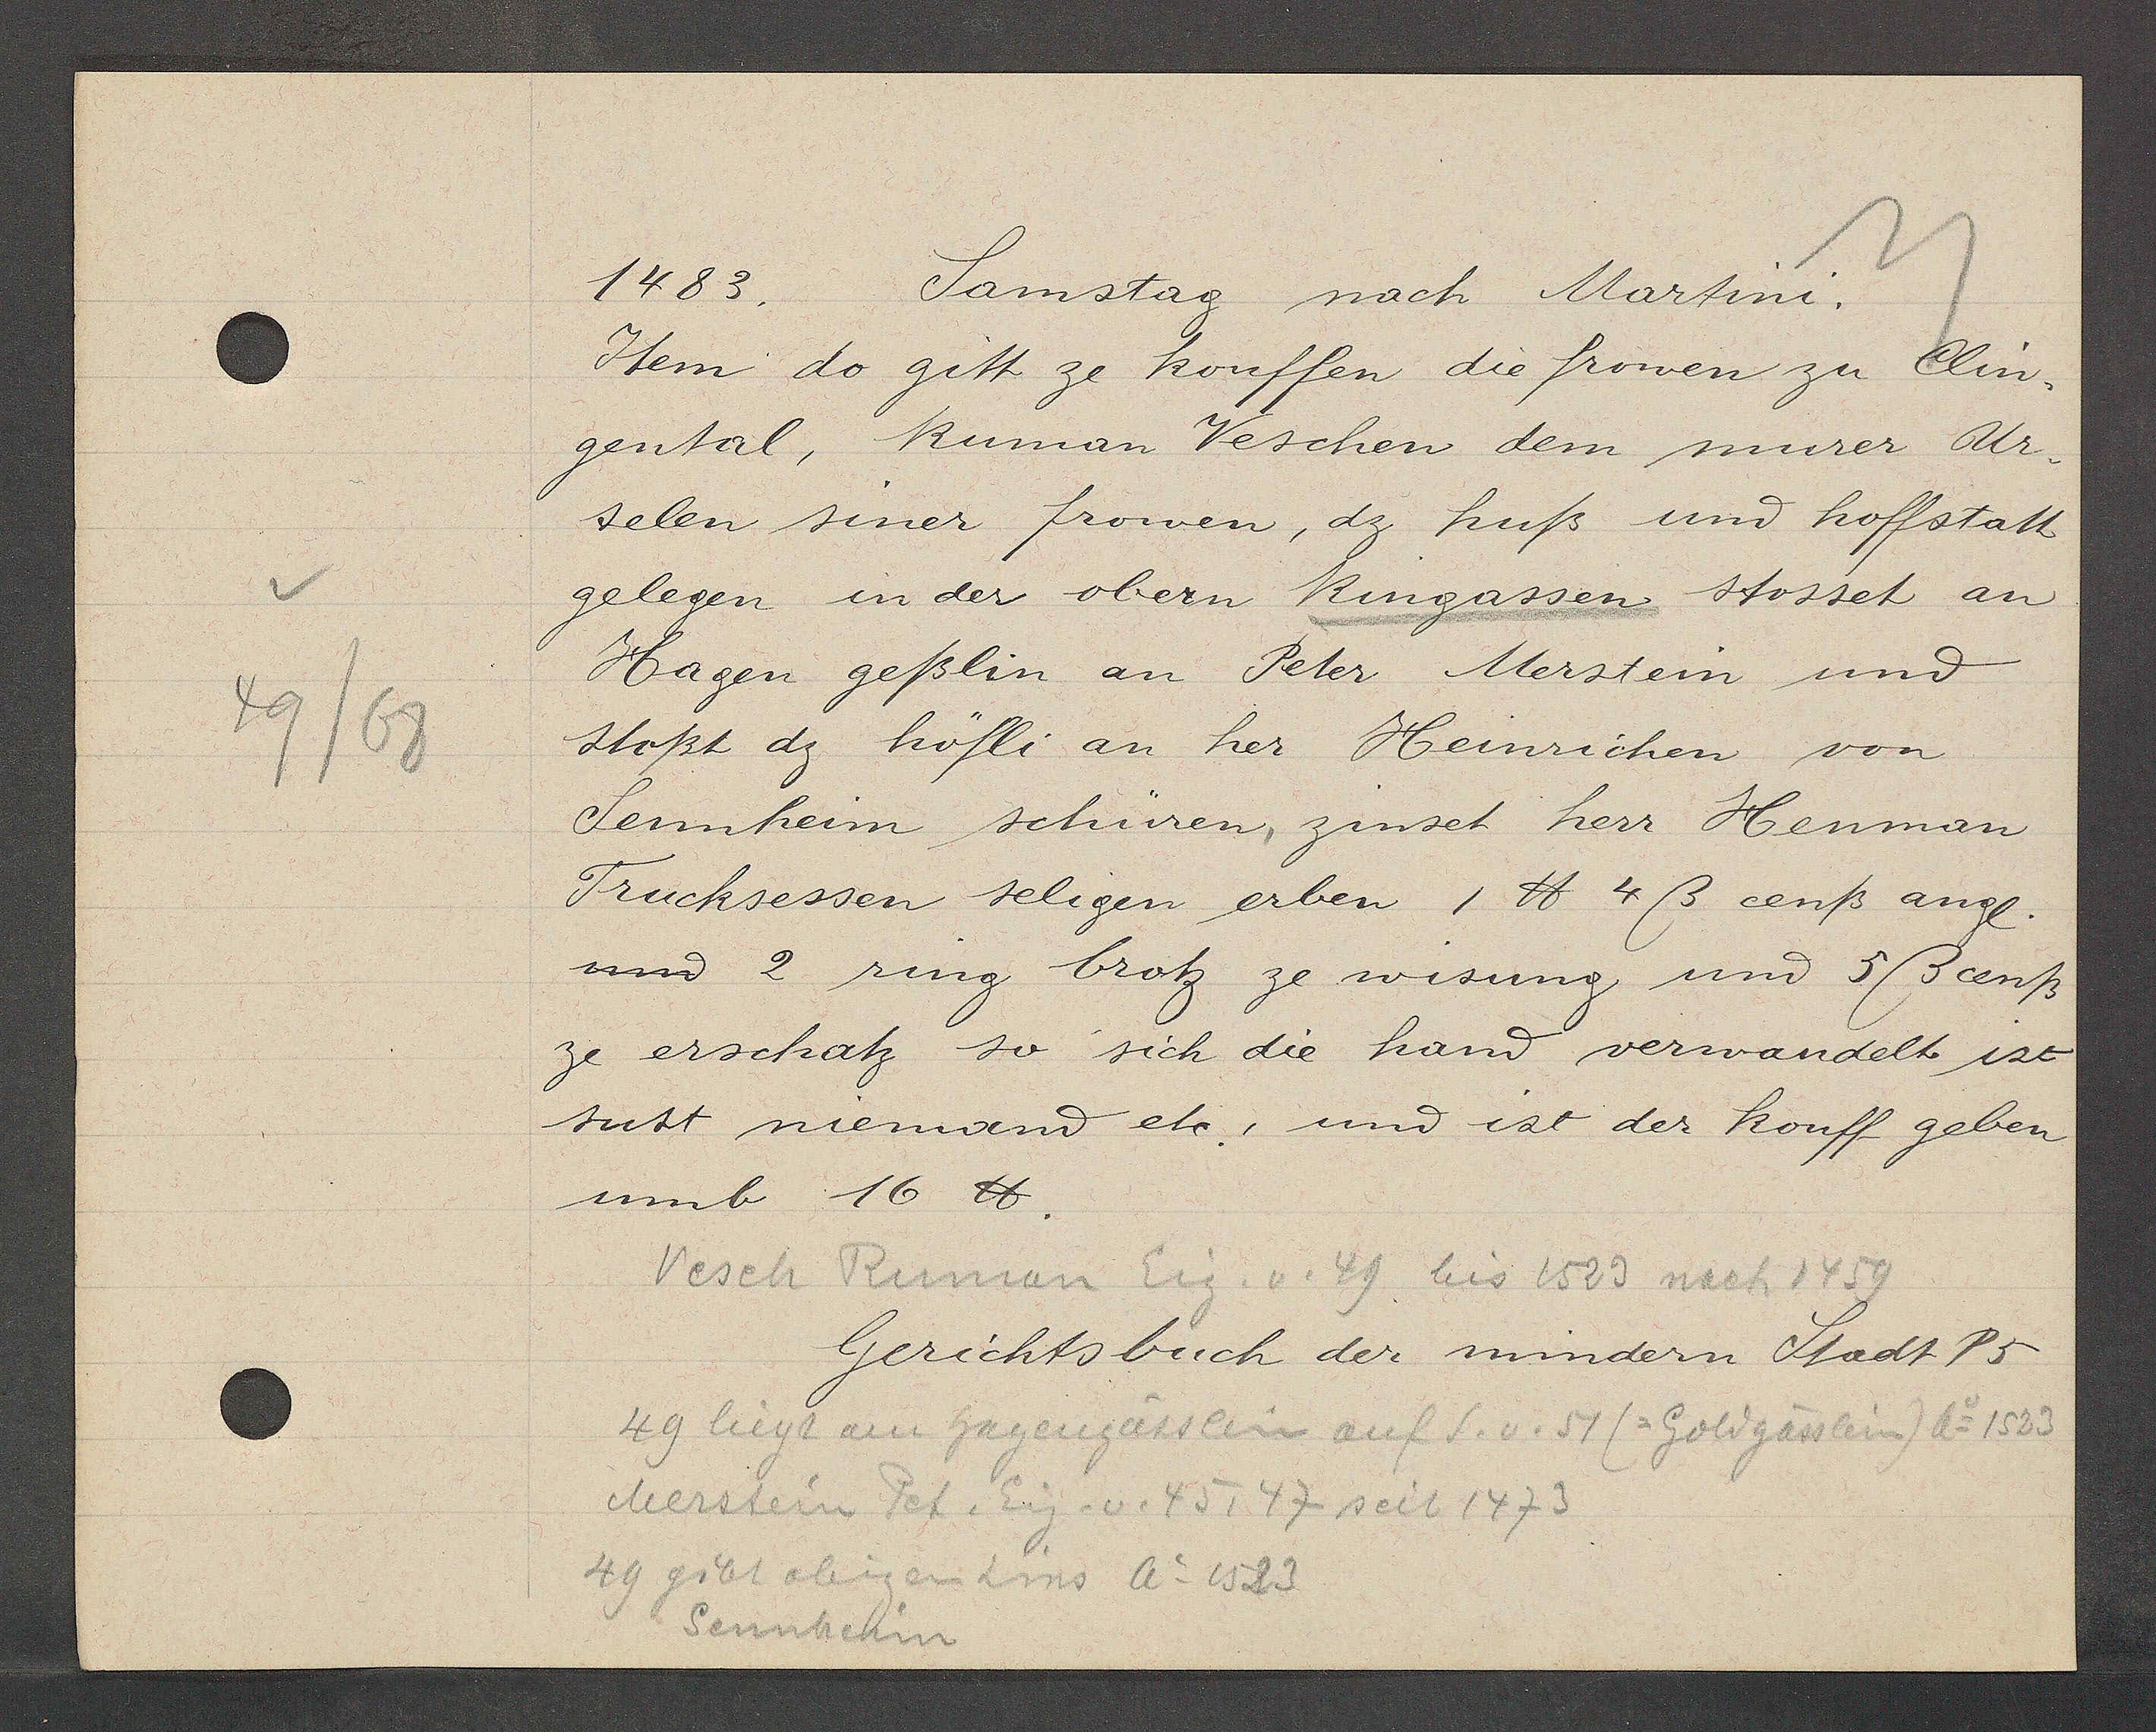
Transcript:
49/68

1483.
Samstag nach Martini.

Item do gitt ze kouffen die frowen zu Clin-
gental, Ruman Veschen dem murer Ur-
selen siner fromen, dz huß und hoffstatt
gelegen in der obern Ringassen stosset an
Hagen geßlin an Peter Merstein und
stoßt dz höfli an her Ħeinrichen von
Sennheim schüren, zinset herr Henman
Trucksessen seligen erben, 1 ℔ 4ß cenß angl.
und 2 ring brotz ze wisung und 5ß cenß
ze erschatz so sich die hand verwandelt ist
sust niemend etc, und ist der kouff geben
umb- 16 ℔.

Wesch Ruman Eig. v. 49 bis 1523 nach 1459

Gerichtsbuch der mindern Stadt P5

49 liegt am hagengasslein auf S.v.51 (=Goldgässlein) Ao 1523
Merstein Pet. Eig. v. 45, 47 seit 1473
49 gibt obigen Zins Ao 1523
Sennheim